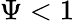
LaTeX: \Psi<1